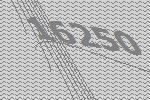
16250